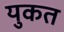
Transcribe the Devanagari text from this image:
युकत